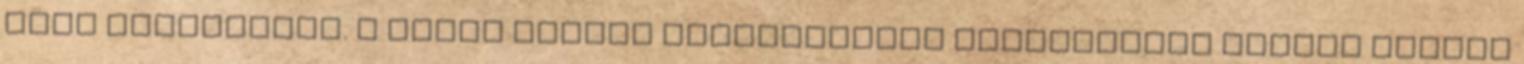
tört fokhagymát. A forró vajjal folyamatosan locsolgatva készre sütjük